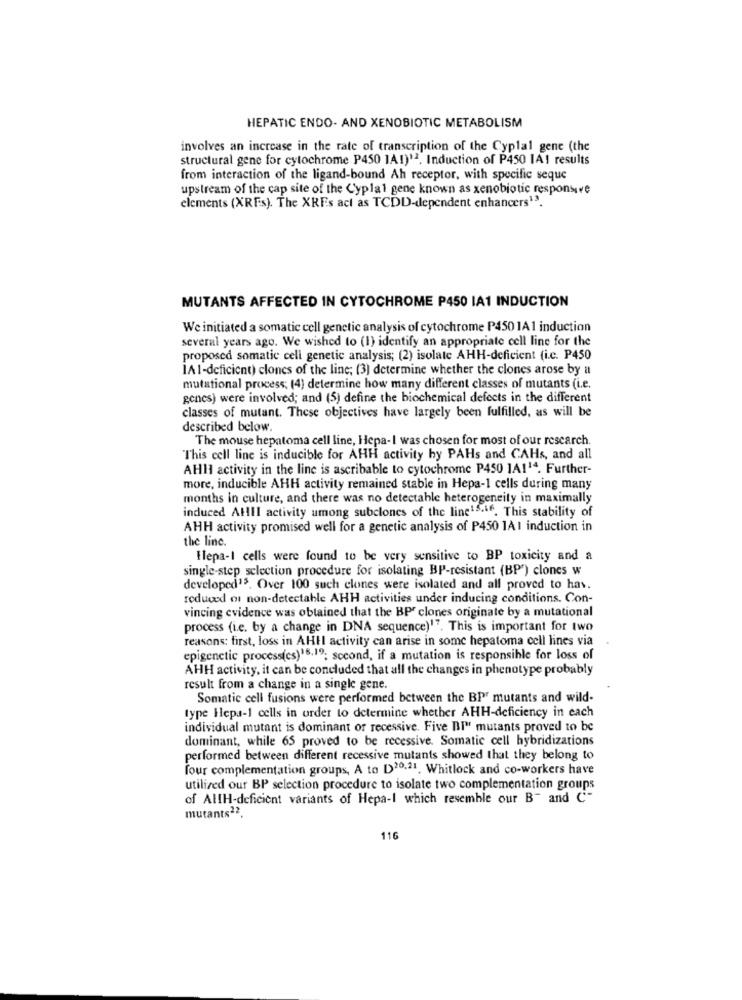
HEPATIC ENDO- AND XENOBIOTIC METABOLISM
involves an increase in the rate of transcription of the Cyplal gene (the
structural gene for cytochrome P450 1A1)12. Induction of P450 IA1 results
from interaction of the ligand-bound Ah receptor, with specific seque
upstream of the cap site of the Cyplal gene known as xenobiotic responsive
elements (XRFs). The XREs act as TCDD-dependent enhancers13.
MUTANTS AFFECTED IN CYTOCHROME P450 IA1 INDUCTION
We initiated a somatic cell genetic analysis of cytochrome P450 1A1 induction
several years ago. We wished to (1) identify an appropriate cell line for the
proposed somatic cell genetic analysis; (2) isolate AHH-deficient (i.c. P450
1A1-deficient) clones of the line; (3) determine whether the clones arose by a
mutational process; (4) determine how many different classes of mutants (i.e.
genes) were involved; and (5) define the biochemical defects in the different
classes of mutant. These objectives have largely been fulfilled, as will be
described below.
The mouse hepatoma cell line, Hepa-I was chosen for most of our research.
This cell line is inducible for AHH activity hy PAHs and CAHs, and all
AHH activity in the line is ascribable to cytochrome P450 1A114. Further-
more, inducible AHH activity remained stable in Hepa-1 cells during many
months in culture, and there was no detectable heterogeneity in maximally
induced AHII activity among subclones of the line15.if. This stability of
AHH activity promised well for a genetic analysis of P450 1A I induction in
the line.
Hlepa-I cells were found to be very sensitive to BP toxicity and a
single-step selection procedure for isolating BP-resistant (BP") clones w
developed15. Over 100 such clones were isolated and all proved to hav.
reduced or non-detectable AHH activities under inducing conditions. Con-
vincing evidence was obtained that the BPF clones originate by a mutational
process (i.e. by a change in DNA sequence)"". This is important for two
reasons: first, loss in AHH activity can arise in some hepatoma cell lines via
epigenetic processics)18.19; second, if a mutation is responsible for loss of
AHH activity, it can be concluded that all the changes in phenotype probably
result from a change in a single gene.
Somatic cell fusions were performed between the BP" mutants and wild-
type Hepa-1 cells in order to determine whether AHH-deficiency in each
individual mutant is dominant or recessive. Five DI mutants proved to be
dominant, while 65 proved to be recessive. Somatic cell hybridizations
performed between different recessive mutants showed that they belong to
four complementation groups, A to D20,21. Whitlock and co-workers have
utilized our BP selection procedure to isolate two complementation groups
of AllH-deficient variants of Hepa-I which resemble our B- and C-
mutants22.
116